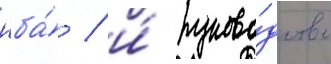
нба́ / и́ руково́дство